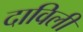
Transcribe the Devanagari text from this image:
दाविलीं